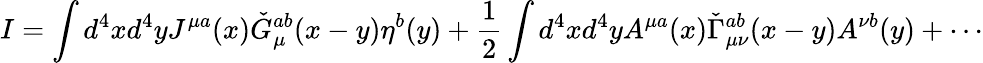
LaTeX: I=\int d^{4}xd^{4}yJ^{\mu a}(x)\check{G}_{\mu}^{ab}(x-y)\eta^{b}(y)+\frac 12\int d^{4}xd^{4}yA^{\mu a}(x)\check{\Gamma}_{\mu\nu}^{ab}(x-y)A^{\nu b}(y)+\cdots